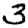
Digit: 3